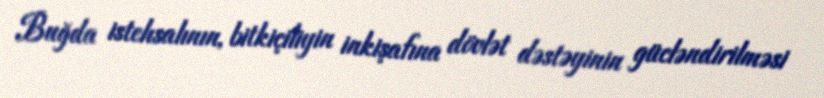
Buğda istehsalının, bitkiçiliyin inkişafına dövlət dəstəyinin gücləndirilməsi